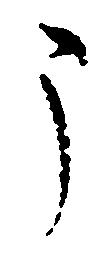
う